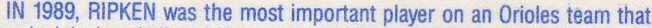
IN 1989, RIPKEN was the most important player on an Orioles team that